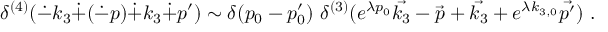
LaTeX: \delta ^ { ( 4 ) } ( \dot { - } k _ { 3 } \dot { + } ( \dot { - } p ) \dot { + } k _ { 3 } \dot { + } p ^ { \prime } ) \sim \delta ( p _ { 0 } - p _ { 0 } ^ { \prime } ) \, \, \delta ^ { ( 3 ) } ( e ^ { \lambda p _ { 0 } } \vec { k _ { 3 } } - \vec { p } + \vec { k _ { 3 } } + e ^ { \lambda k _ { 3 , 0 } } \vec { p ^ { \prime } } ) ~ .